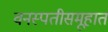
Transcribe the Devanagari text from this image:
वनस्पतीसमूहात